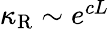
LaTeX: \begin{array}{r}{\kappa_{\mathrm{R}}\sim e^{cL}}\end{array}